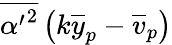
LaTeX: \overline{{{\alpha^{\prime}}^{2}}}\left(k\overline{{y}}_{p}-\overline{{v}}_{p}\right)